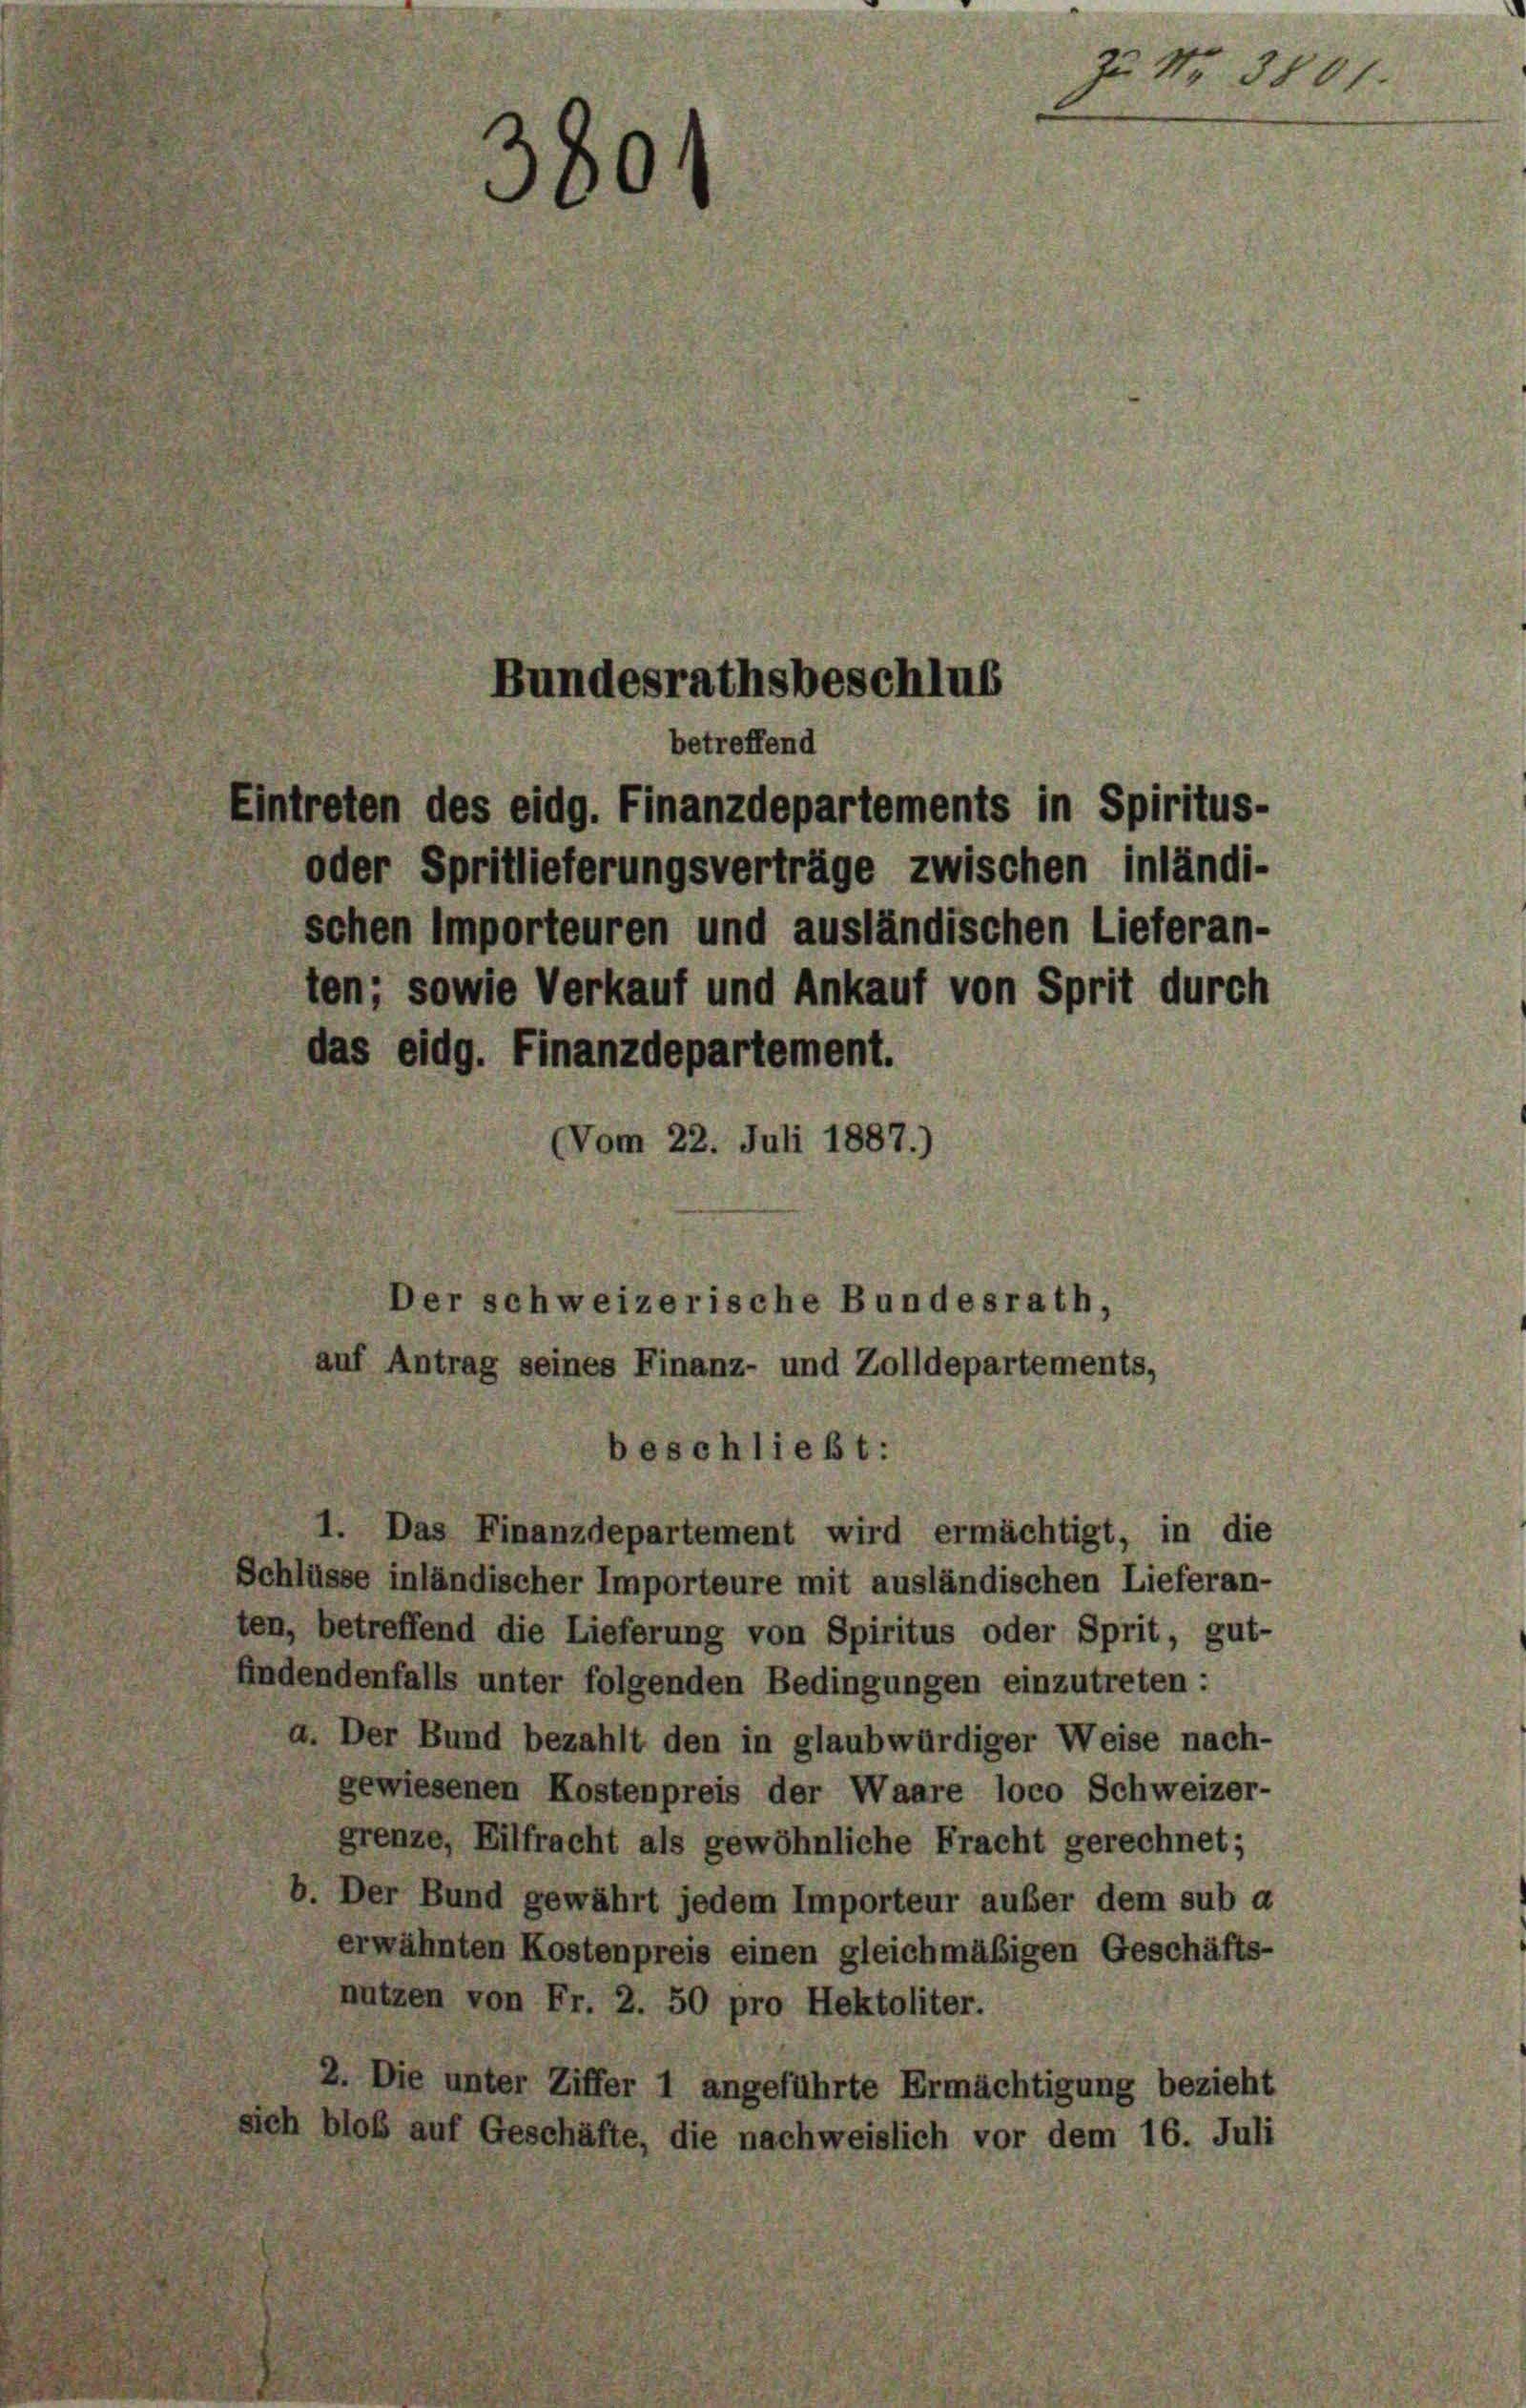
380

Bundesrathsbeschlus
betreffend

intreten des eidg. Finanzdepartements in Spiritus-
oder Spritlieferungsverträge zwischen inländi-
schen importeuren und ausländischen Lieferan-
ten; sowie Verkauf und Ankauf von Sprit durch
das eidg. Finanzdepartement.
Vom 22. Juli 1887.)
auf Antrag seines Finanz- und Zolldepartements,
beschließt:
Das Finanzdepartement wird ermächtigt, in die
Schlüsse inländischer Importeure mit ausländischen Lieferan-
ten, betreffend die Lieferung von Spiritus oder Sprit, gut-
findendenfalls unter folgenden Bedingungen einzutreten :
a. Der Bund bezahlt den in glaubwürdiger Weise nach-
gewiesenen Kostenpreis der Waare loco Schweizer-
grenze, Eilfracht als gewöhnliche Fracht gerechnet;
b. Der Bund gewährt jedem Importeur außer dem sub a
erwähnten Kostenpreis einen gleichmäßigen Geschäfts-
nutzen von Fr. 2. 50 pro Hektoliter.
2. Die unter Ziffer 1 angeführte Ermächtigung bezieht
sich bloß auf Geschäfte, die nachweislich vor dem 16. Juli

Der schweizerische Bundesrath,

zu No 3801.